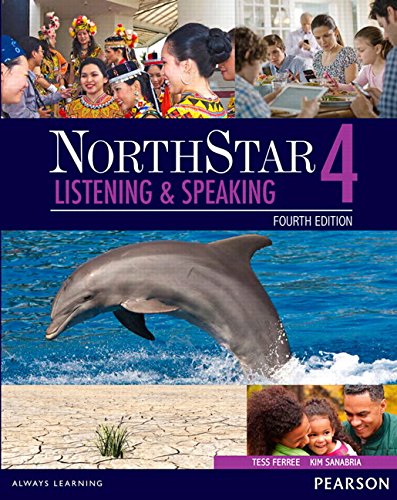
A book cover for NorthStar Listening and Speaking 4 with MyEnglishLab (4th Edition); Tess Ferree; Reference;